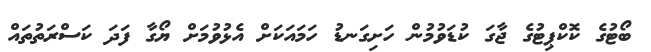
ބޯޓުގެ ކޮކްޕިޓުގެ ޖާގަ ކުޑަވުމުން ހަށިގަނޑު ހަމައަކަށް އެޅުވުމަށް ޔޯގާ ފަދަ ކަސްރަތުތައް